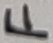
Text: F